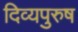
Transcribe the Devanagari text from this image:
दिव्यपुरुष